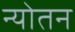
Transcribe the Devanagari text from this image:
न्योतन